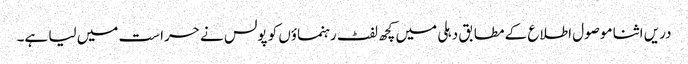
دریں اثنا موصول اطلاع کے مطابق دہلی میں کچھ لفٹ رہنماؤں کو پولس نے حراست میں لیا ہے۔